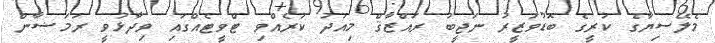
މެލޭސިޔާގެ ކުރީގެ ބޮޑުވަޒީރު ނަޖީބު ރައްޒާޤް މިއަދު ކުރެއްވި ޓްވީޓެއްގައި ވިދާޅުވީ ރަމަޟާން